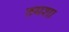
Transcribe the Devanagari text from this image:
तमशा